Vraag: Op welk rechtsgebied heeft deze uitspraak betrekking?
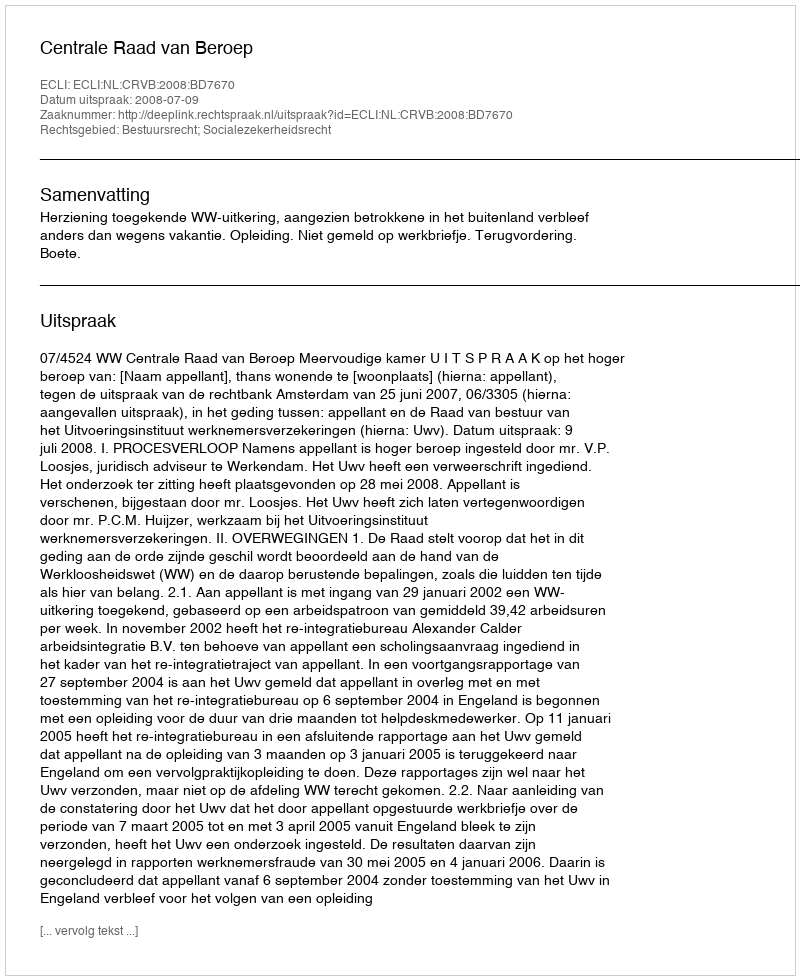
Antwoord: Bestuursrecht; Socialezekerheidsrecht